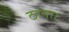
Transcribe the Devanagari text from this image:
ठाना।